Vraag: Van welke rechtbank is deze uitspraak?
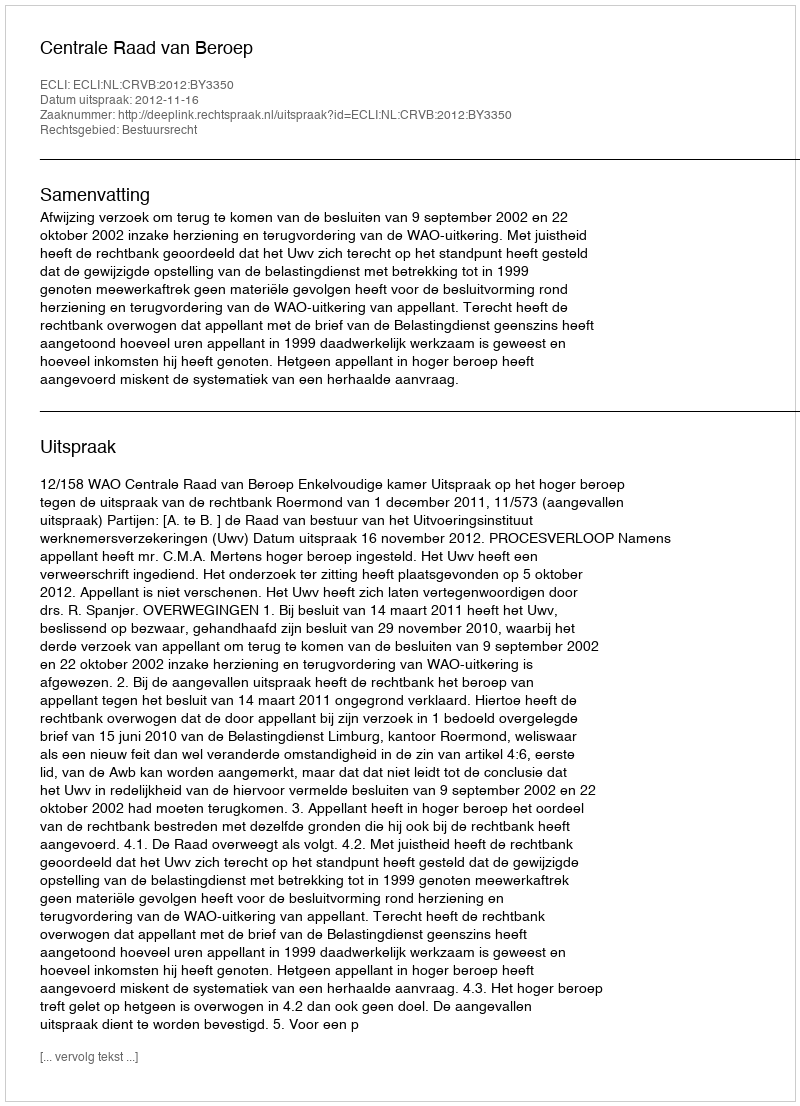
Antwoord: Centrale Raad van Beroep